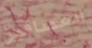
العصافير